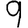
Digit: 9